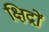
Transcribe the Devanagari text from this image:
क्षिद्रों